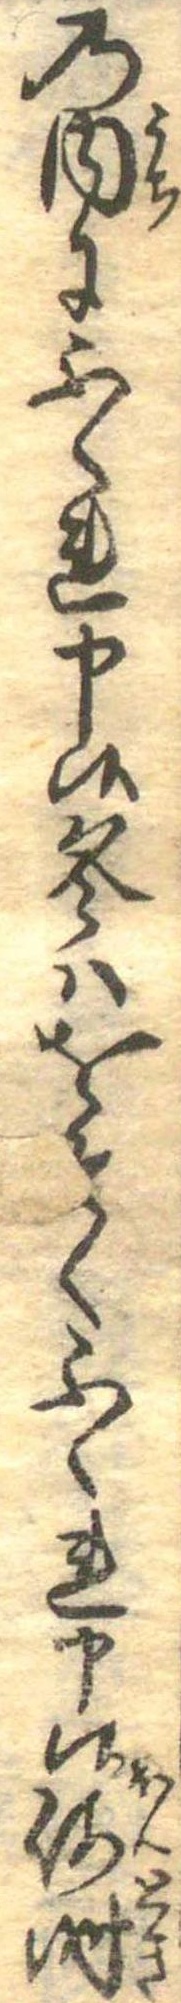
の内にふくれ申候冬はをそくふくれ申候何時